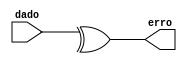
module verifica_paridade (
  input [8:0] dado, // a paridade  o bit mais significativo (dado[8])
  output erro
);

  assign erro = ^dado;

endmodule